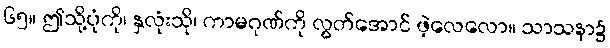
၆၅။ ဤသို့ပုံကို၊ နှလုံးသို၊ ကာမဂုဏ်ကို လွတ်အောင် ဖဲ့လေလော။ သာသနာ၌